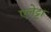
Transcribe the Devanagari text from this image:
एलेट्टा